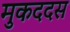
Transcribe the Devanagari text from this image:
मुकददस